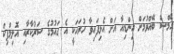
ގޭމްސް ބޭއްވުމަށް އިންޑިއާ އަށް އެޅިފައިވާ ހުރަހަކީ އެ ގައުމުގެ ސަރުކާރާއި އޮލިމްޕިކް